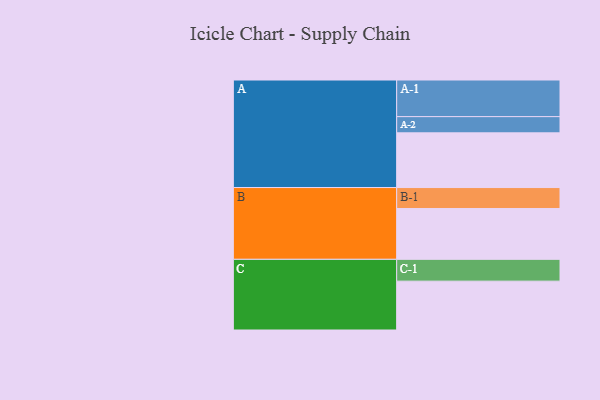
{"axis": {"x": "Segment", "y": "Value"}, "legend": ["", "A", "B", "C"], "data": [{"x": "A", "y": 439, "type": ""}, {"x": "B", "y": 408, "type": ""}, {"x": "C", "y": 392, "type": ""}, {"x": "A-1", "y": 294, "type": "A"}, {"x": "A-2", "y": 130, "type": "A"}, {"x": "B-1", "y": 168, "type": "B"}, {"x": "C-1", "y": 175, "type": "C"}]}